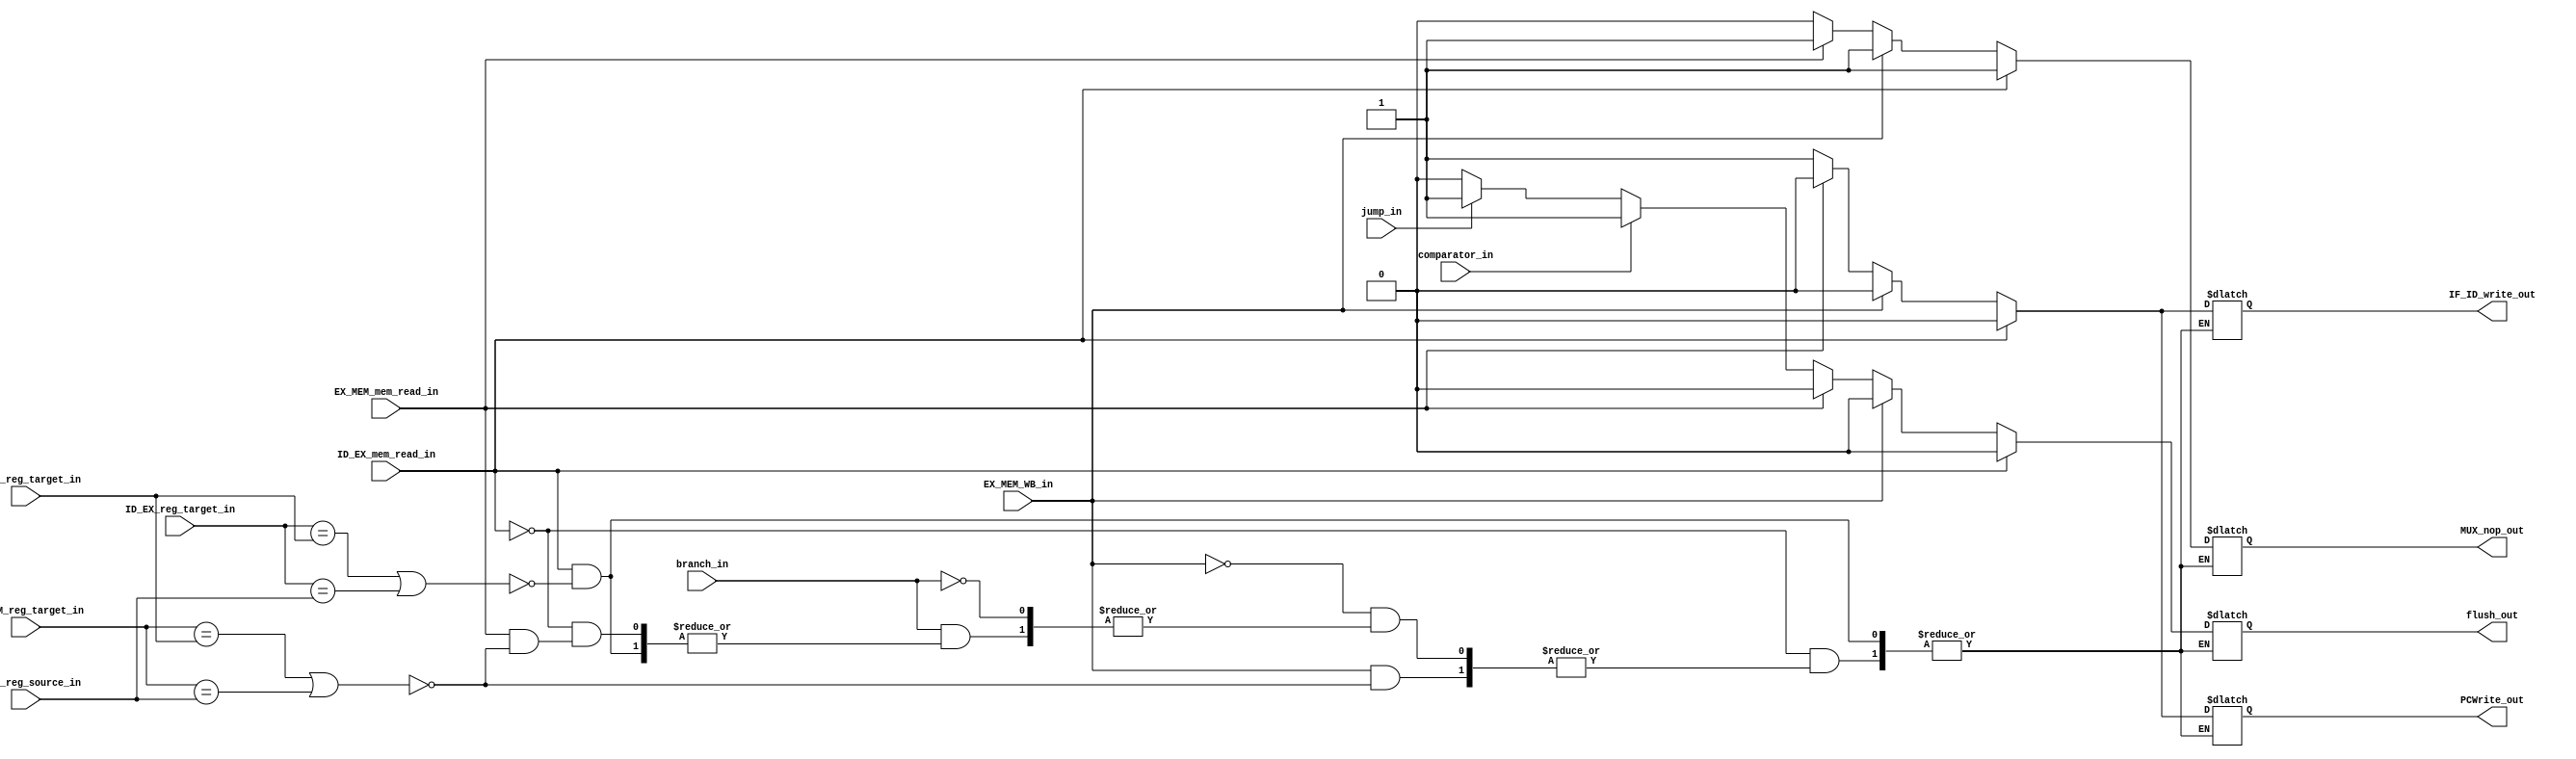
module hazard_detection_unit(
	output reg flush_out, PCWrite_out, IF_ID_write_out, MUX_nop_out,
	input [4:0] ID_EX_reg_target_in, IF_ID_reg_target_in, IF_ID_reg_source_in, EX_MEM_reg_target_in,
	input EX_MEM_WB_in, ID_EX_mem_read_in, branch_in, jump_in, EX_MEM_mem_read_in, comparator_in);


	always @(*) begin
		//ID_EX loading hazard detection
		if(ID_EX_mem_read_in) begin // if instruction in EX stage is a load
			 // if the target in EX stage == decode in ID stage or if the target in EX stage == target in ID stage
			if( (ID_EX_reg_target_in == IF_ID_reg_target_in) || (ID_EX_reg_target_in == IF_ID_reg_source_in) ) begin 
				PCWrite_out <= 1'b0;
				IF_ID_write_out <= 1'b0;
				MUX_nop_out <= 1'b1;
				flush_out <= 1'b0;
			end
		end
		//EX_MEM loading hazard detection
		else if(EX_MEM_WB_in) begin // checks if memory is written onto
			if((EX_MEM_reg_target_in == IF_ID_reg_target_in) || (EX_MEM_reg_target_in == IF_ID_reg_source_in)) begin
				PCWrite_out <= 1'b0;
				IF_ID_write_out <= 1'b0;
				MUX_nop_out <= 1'b1;
				flush_out <= 1'b0;
			end
		end
		
		else if(branch_in) // checks if the intruction is a branch
			// if the target in EX stage == decode in ID stage or if the target in EX stage == target in ID stage as well as a branch instruction
			if(ID_EX_mem_read_in) begin // if instruction in EX stage is a load
				// if the target in EX stage == decode in ID stage or if the target in EX stage == target in ID stage
				if( (ID_EX_reg_target_in == IF_ID_reg_target_in) || (ID_EX_reg_target_in == IF_ID_reg_source_in) ) begin 
					PCWrite_out <= 1'b0;
					IF_ID_write_out <= 1'b0;
					MUX_nop_out <= 1'b1;
					flush_out <= 1'b0;
				end
			end
			else if(EX_MEM_mem_read_in) begin // if instruction in MEM stage is a load and its the second instr before branch_in
				if((EX_MEM_reg_target_in == IF_ID_reg_target_in) || EX_MEM_reg_target_in == IF_ID_reg_source_in) begin
					PCWrite_out <= 1'b0;
					IF_ID_write_out <= 1'b0;
					MUX_nop_out <= 1'b1;
					flush_out <= 1'b0;
				end
			end
			else if(comparator_in) begin // if comparator == 1 then we branch and flush previous instructions
				PCWrite_out <= 1'b1;
				IF_ID_write_out <= 1'b1;
				MUX_nop_out <= 1'b0;
				flush_out <= 1'b1;
			end
		
		else if(jump_in) begin // if jump == 1 then we branch and flush previous instructions
			PCWrite_out <= 1'b1;
			IF_ID_write_out <= 1'b1;
			MUX_nop_out <= 1'b0;
			flush_out <= 1'b1;
		end
		else begin // default case
			PCWrite_out <= 1'b1;
			IF_ID_write_out <= 1'b1;
			MUX_nop_out <= 1'b0;
			flush_out <= 1'b0;
		end
	end
endmodule